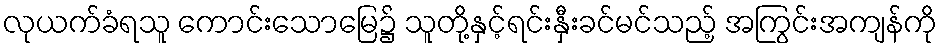
လုယက်ခံရသူ ကောင်းသောမြေ၌ သူတို့နှင့်ရင်းနှီးခင်မင်သည့် အကြွင်းအကျန်ကို